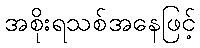
အစိုးရသစ်အနေဖြင့်